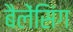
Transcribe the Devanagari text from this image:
बैलेंसिंग